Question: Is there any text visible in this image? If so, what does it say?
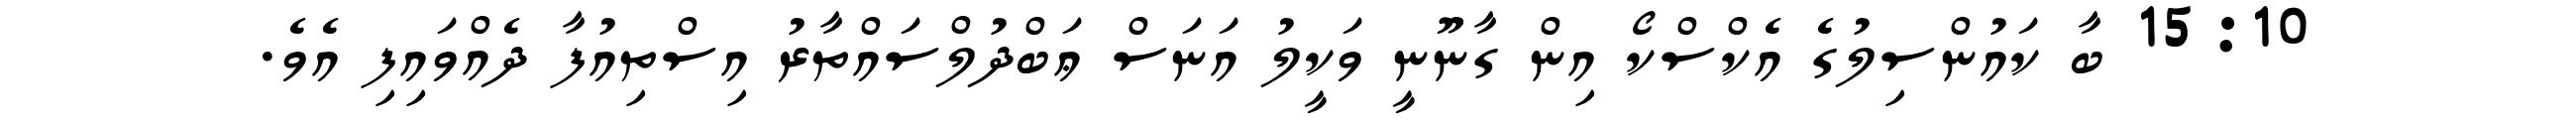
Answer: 15:10 ބާ ކައުންސިލުގެ އެކްސްކޯ އިން ގާނޫނީ ވަކީލު އަނަސް ޢަބްދުލްސައްތާރު އިސްތިއުފާ ދެއްވައިފި އެވެ.